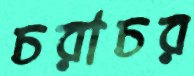
চরাচর